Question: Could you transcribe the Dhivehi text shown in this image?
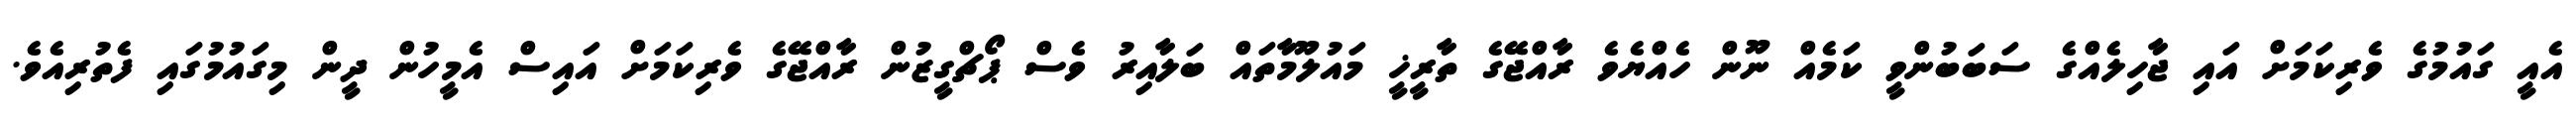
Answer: އެއީ ގައުމުގެ ވެރިކަމަށް އައި ޖާހިލެއްގެ ސަބަބުންވީ ކަމެއް ނޫން ހެއްޔެވެ ރާއްޖޭގެ ތާރީޚީ މައުލޫމާތައް ބަލާއިރު ވެސް ޕޯޗްގީޒުން ރާއްޖޭގެ ވެރިކަމަށް އައިސް އެމީހުން ދީން މިގައުމުގައި ފެތުރިއެވެ.